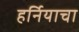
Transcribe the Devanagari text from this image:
हर्नियाचा